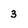
Character: 3